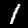
Digit: 1